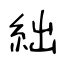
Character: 絀